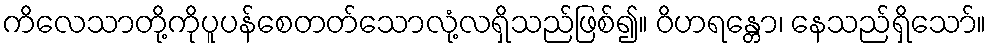
ကိလေသာတို့ကိုပူပန်စေတတ်သောလုံ့လရှိသည်ဖြစ်၍။ ဝိဟရန္တော၊ နေသည်ရှိသော်။